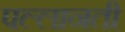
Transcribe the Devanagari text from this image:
पल्लानती